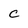
Character: c